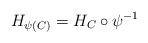
LaTeX: \begin{align*}H_{\psi(C)} = H_C \circ \psi^{-1}\end{align*}